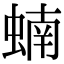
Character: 蝻